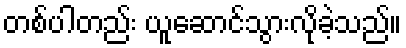
တစ်ပါတည်း ယူဆောင်သွားလိုခဲ့သည်။